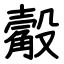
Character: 觳